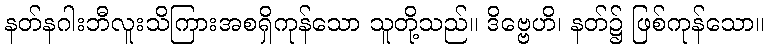
နတ်နဂါးဘီလူးသိကြားအစရှိကုန်သော သူတို့သည်။ ဒိဗ္ဗေဟိ၊ နတ်၌ ဖြစ်ကုန်သော။